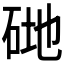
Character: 𥒦